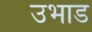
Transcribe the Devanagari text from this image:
उभाड